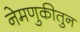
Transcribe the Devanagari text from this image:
नेमणुकीतुन